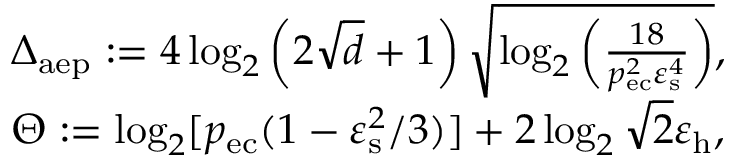
\begin{array} { r l } & { \Delta _ { \mathrm { a e p } } : = 4 \log _ { 2 } \left( 2 \sqrt { d } + 1 \right) \sqrt { \log _ { 2 } \left( \frac { 1 8 } { p _ { \mathrm { e c } } ^ { 2 } \varepsilon _ { \mathrm { s } } ^ { 4 } } \right) } , } \\ & { \Theta : = \log _ { 2 } [ p _ { \mathrm { e c } } ( 1 - \varepsilon _ { \mathrm { s } } ^ { 2 } / 3 ) ] + 2 \log _ { 2 } \sqrt { 2 } \varepsilon _ { \mathrm { h } } , } \end{array}